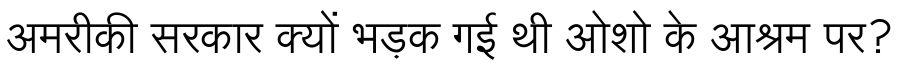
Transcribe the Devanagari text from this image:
अमरीकी सरकार क्यों भड़क गई थी ओशो के आश्रम पर?